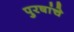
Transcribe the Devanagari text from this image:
पुरषांचे